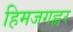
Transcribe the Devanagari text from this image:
हिमजगह्वर